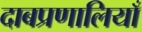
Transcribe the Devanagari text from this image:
दाबप्रणालियाँ